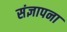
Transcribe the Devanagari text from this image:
संज्ञापना